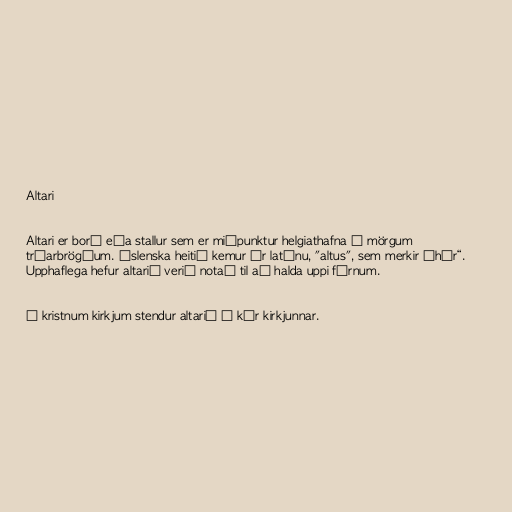
Altari

Altari er borð eða stallur sem er miðpunktur helgiathafna í mörgum
trúarbrögðum. Íslenska heitið kemur úr latínu, "altus", sem merkir „hár“.
Upphaflega hefur altarið verið notað til að halda uppi fórnum.

Í kristnum kirkjum stendur altarið í kór kirkjunnar.